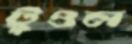
টুওল